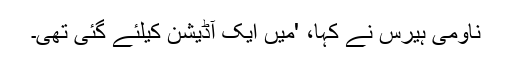
ناومی ہیرس نے کہا، 'میں ایک آڈیشن کیلئے گئی تھی۔